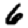
Digit: 6